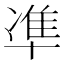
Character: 凖